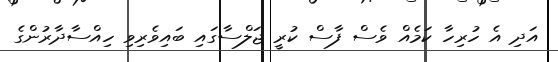
އަދި އެ ހުރިހާ ކަމެއް ވެސް ފާސް ކުރީ ޖަލްސާގައި ބައިވެރިވި ހިއްސާދާރުންގެ